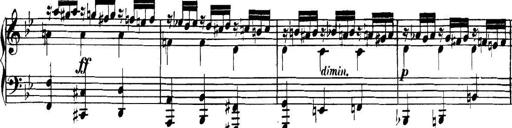
Title: Collected Piano Sonatas
Composer: Muzio Clementi